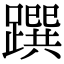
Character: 䠣